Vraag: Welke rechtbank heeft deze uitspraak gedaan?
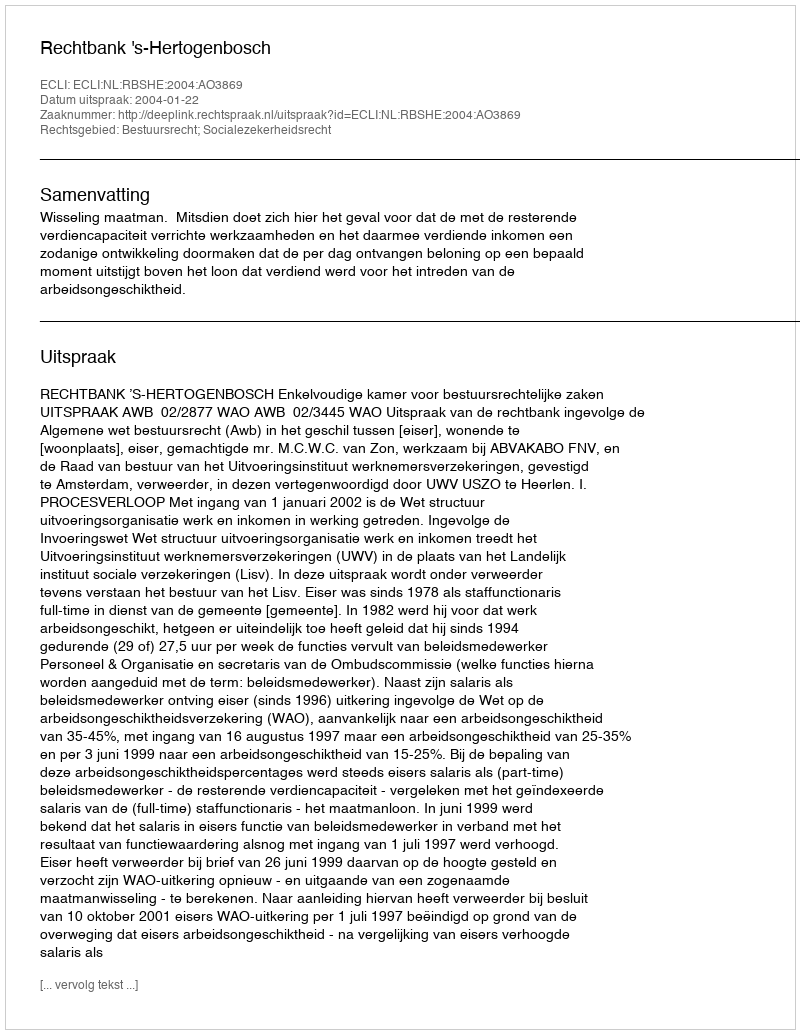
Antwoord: Rechtbank 's-Hertogenbosch